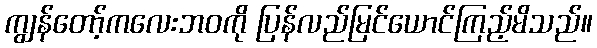
ကျွန်တော့်ကလေးဘဝကို ပြန်လည်မြင်ယောင်ကြည့်မိသည်။